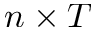
n \times T